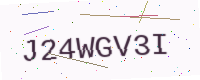
Text: J24WGV3I